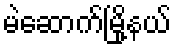
မဲဆောက်မြို့နယ်